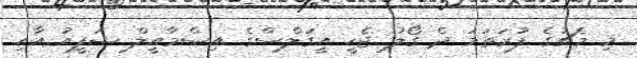
މި މެޗުގެ ފުރަތަމަ ދެ ގޯލު ޖެހީ އީގަލްސްގެ އިސްމާއީލް ޝަފީއު އާއި